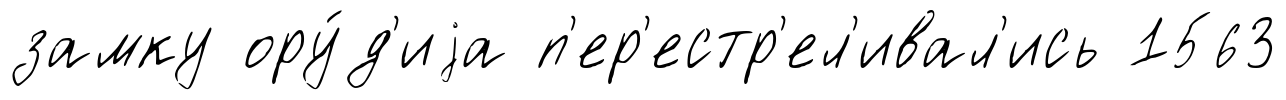
замку ору́д'иjа п'ер'естр'ел'ивал'ись 1563